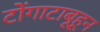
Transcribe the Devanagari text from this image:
टोंगाटाबूहून